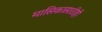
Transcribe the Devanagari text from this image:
मासिकासाठीही